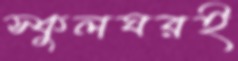
স্কুলঘরই